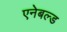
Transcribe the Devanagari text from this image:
एनेबल्‍ड